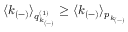
\langle k _ { ( - ) } \rangle _ { q _ { k _ { ( - ) } } ^ { ( 1 ) } } \geq \langle k _ { ( - ) } \rangle _ { p _ { k _ { ( - ) } } }